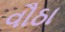
વૌઠા